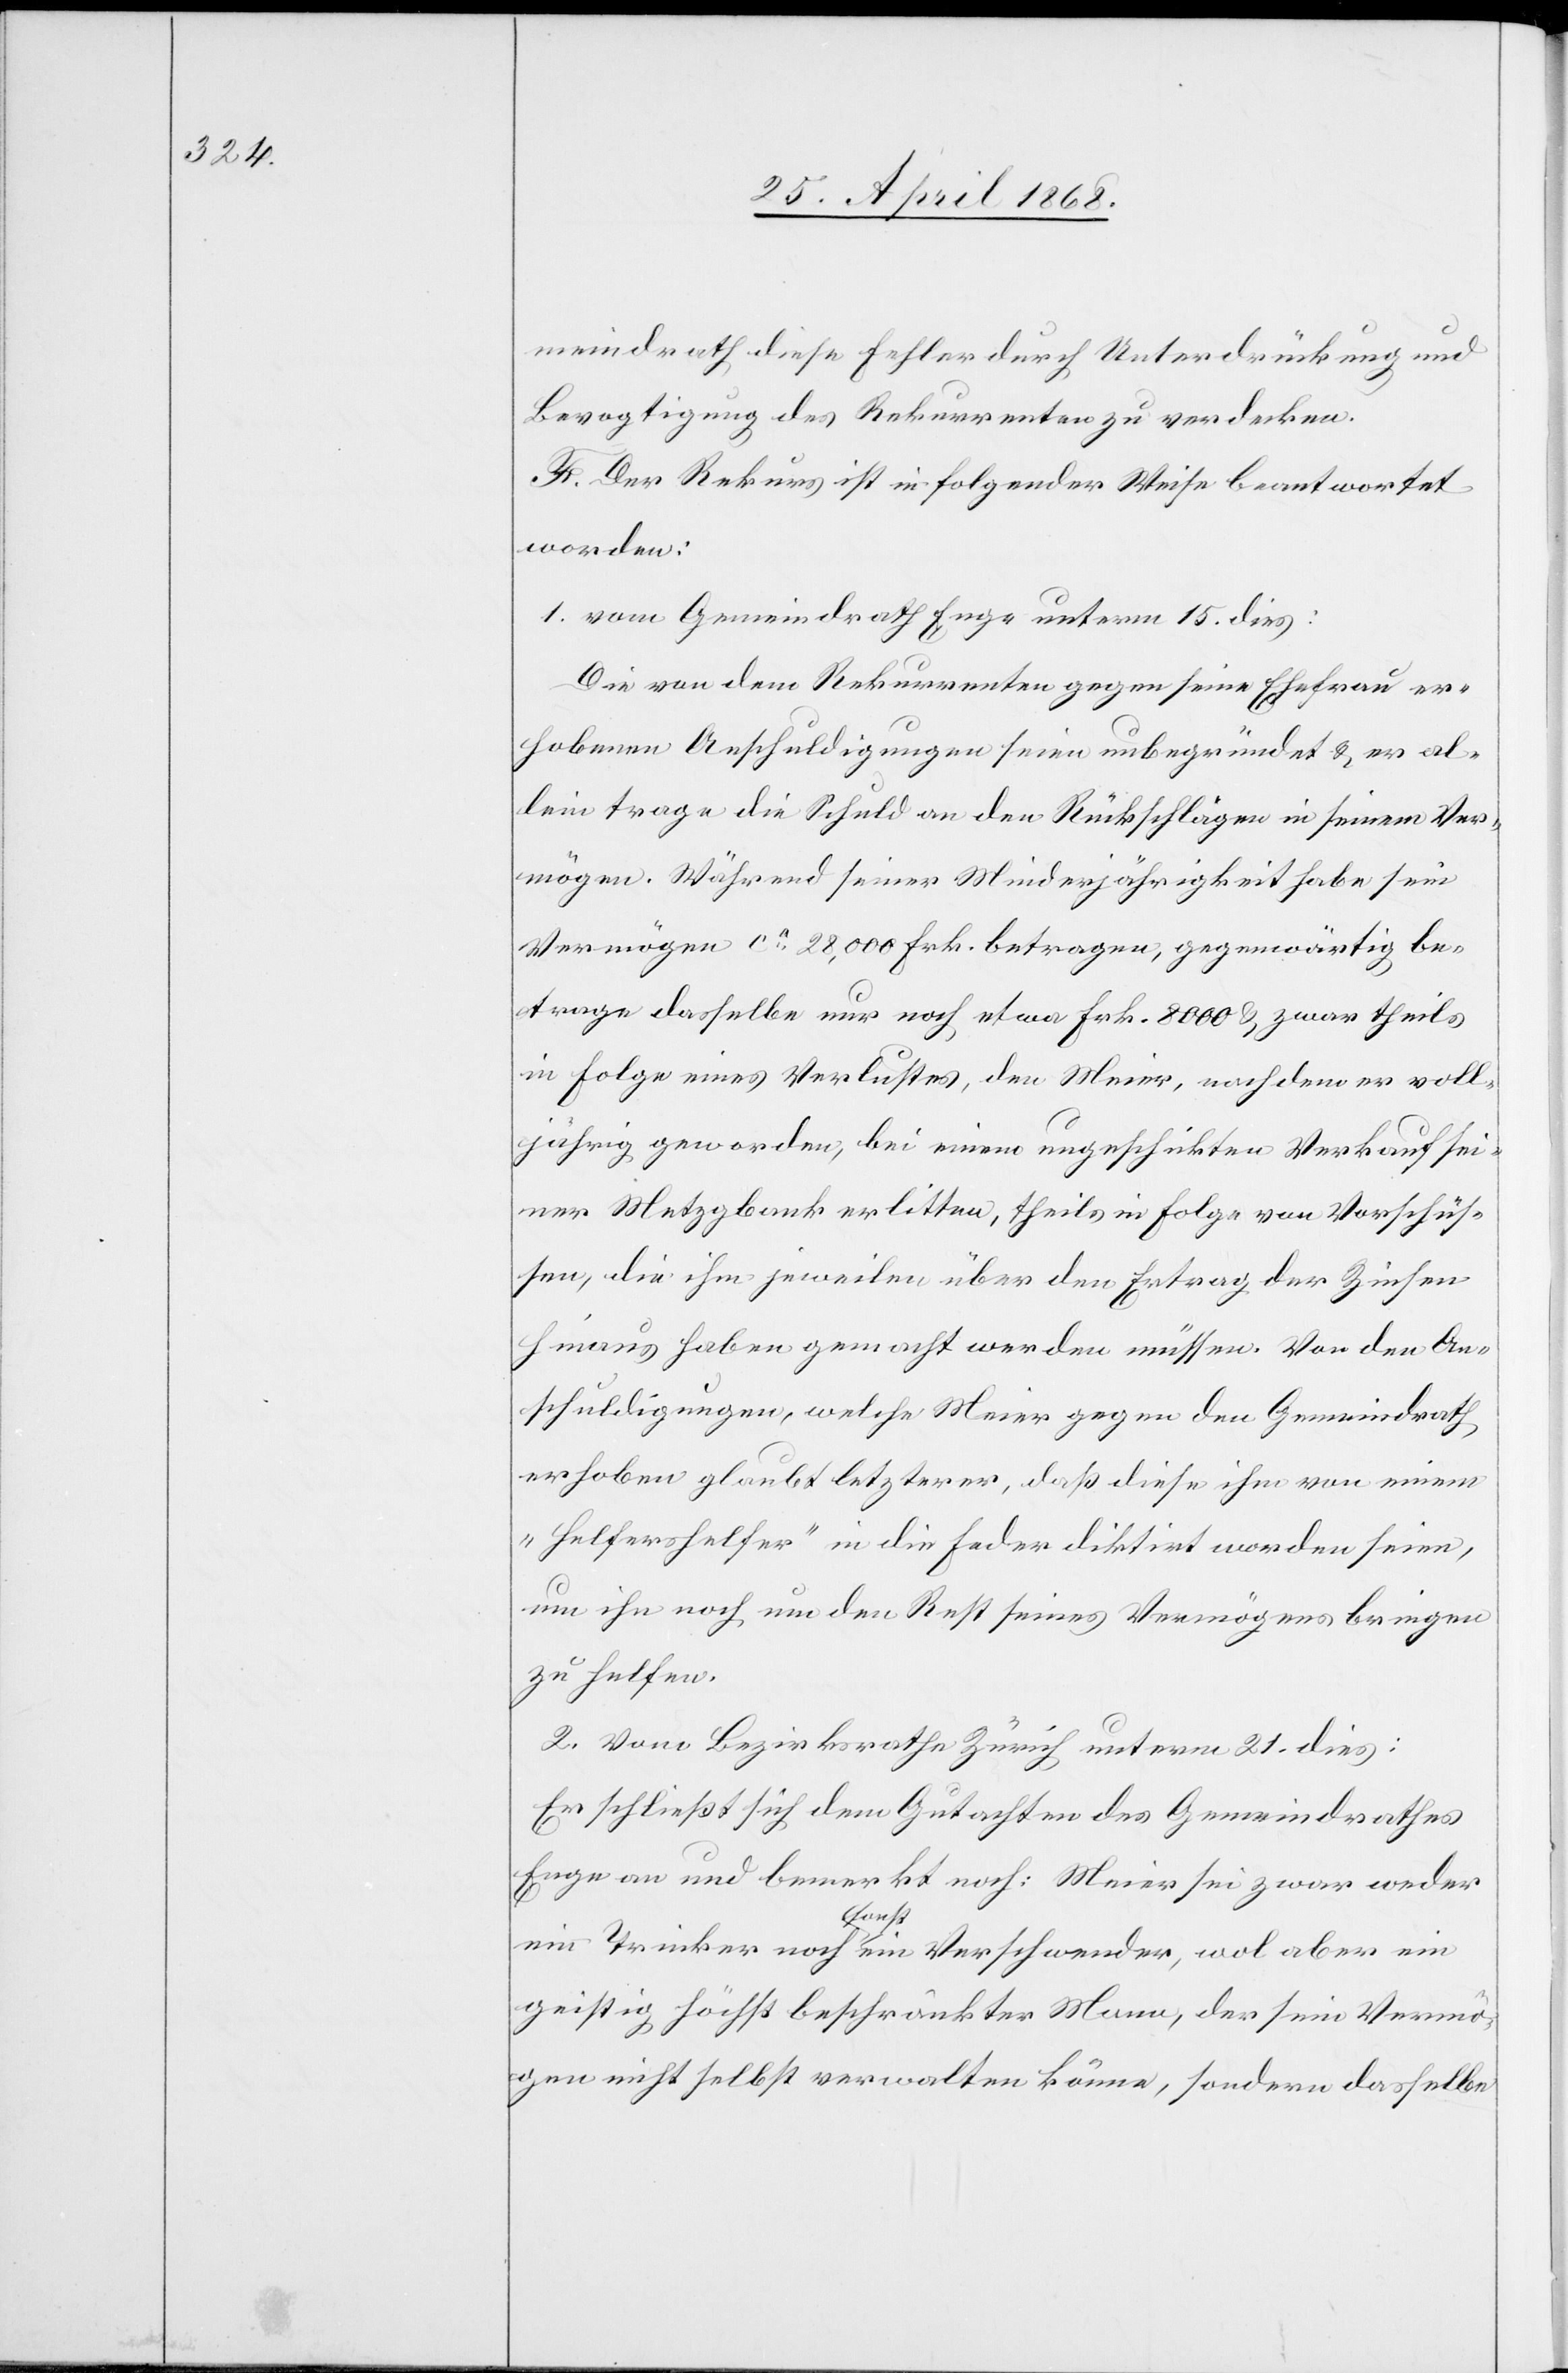
meindrath diese Fehler durch Unterdrückung und
Bevogtigung des Rekurrenten zu verdecken.
F. Der Rekurs ist in folgender Weise beantwortet
worden:
1. vom Gemeindrath Enge unterm 15. dies:
Die von dem Rekurrenten gegen seine Ehefrau er¬
hobenen Anschuldigungen seien unbegründet & er al¬
lein trage die Schuld an den Rückschlägen in seinem Ver¬
mögen. Während seiner Minderjährigkeit habe sein
Vermögen ca. 28,000 Frk. betragen, gegenwärtig be¬
trage dasselbe nur noch etwa Frk. 8000 & zwar theils
in Folge eines Verlustes, den Meier, nachdem er voll¬
jährig geworden, bei einem ungeschickten Verkauf sei¬
ner Metzgbank erlitten, theils in Folge von Vorschüs¬
sen, die ihm jeweilen über den Ertrag der Zinsen
hinaus haben gemacht werden müssen. Von den An¬
schuldigungen, welche Meier gegen den Gemeindrath
erhoben glaubt letzterer, daß diese ihm von einem
„Helfershelfer“ in die Feder diktirt worden seien,
um ihn noch um den Rest seines Vermögens bringen
zu helfen.
2. vom Bezirksrathe Zürich unterm 21. dies:
Er schließt sich dem Gutachten des Gemeindrathes
Enge an und bemerkt noch: Meier sei zwar weder
ein Trinker noch sonst ein Verschwender, wol aber ein
geistig höchst beschränkter Mann, der sein Vermö¬
gen nicht selbst verwalten könne, sondern dasselbe